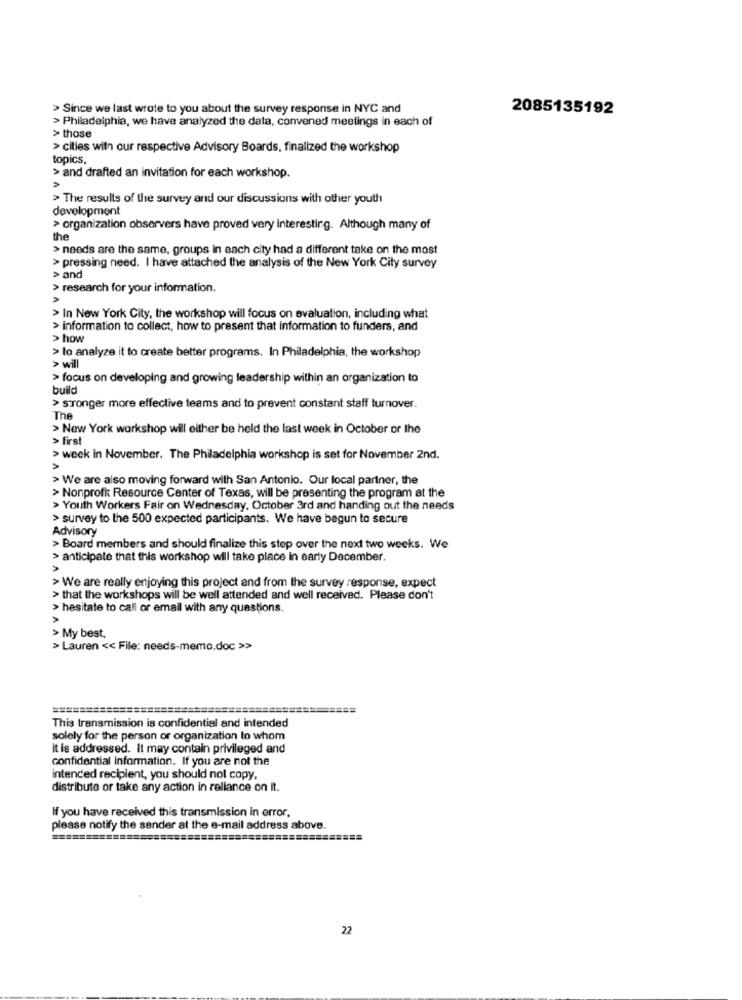
> Since we last wrote to you about the survey response in NYC and
2085135192
> Philadelphia, we have analyzed the data, convened meetings in each of
> those
> cities with our respective Advisory Boards, finalized the workshop
topics,
> and drafted an invitation for each workshop.
> The results of the survey and our discussions with other youth
development
> organization observers have proved very interesting. Although many of
the
> needs are the same, groups in each city had a different take on the most
> pressing need. I have attached the analysis of the New York City survey
> and
> research for your information.
> In New York City, the workshop will focus on evaluation, including what
> information to collect, how to present that information to funders, and
> how
> to analyze it to create better programs. In Philadelphia, the workshop
> will
> focus on developing and growing leadership within an organization to
build
> stronger more effective teams and to prevent constant staff turnover.
The
> New York workshop will either be held the last week in October or the
> first
> week in November. The Philadelphia workshop is set for November 2nd.
> We are also moving forward with San Antonio. Our local partner, the
> Nonprofit Resource Center of Texas, will be presenting the program at the
> Youth Workers Fair on Wednesday, October 3rd and handing out the needs
> survey to the 500 expected participants. We have begun to secure
Advisory
> Board members and should finalize this step over the next two weeks. We
> anticipate that this workshop will take place in early December.
> We are really enjoying this project and from the survey response, expect
> that the workshops will be well attended and well received. Please don't
> hesitate to call or email with any questions.
> My best,
> Lauren << File: needs-memo.doc >>
=======
====
==========
=====
This transmission is confidential and intended
solely for the person or organization to whom
it is addressed. It may contain privileged and
confidential information. If you are not the
Intended recipient, you should not copy,
distribute or take any action in reliance on it.
If you have received this transmission in error,
please notify the sender at the e-mail address above.
22